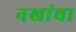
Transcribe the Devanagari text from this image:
नखांचा